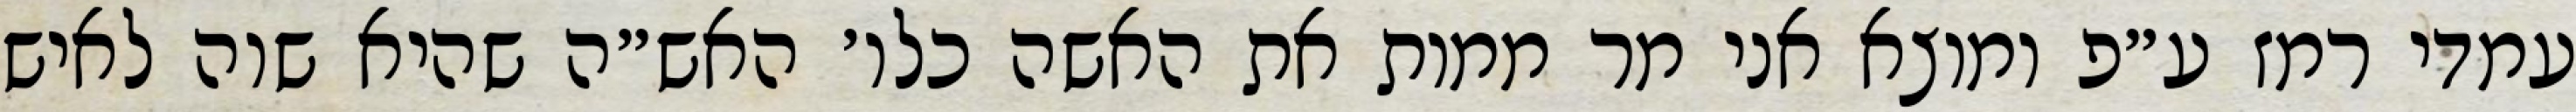
עמדי רמז ע״פ ומוצא אני מר ממות את האשה כלו׳ האש״ה שהיא שוה לאיש